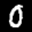
Label: 0